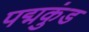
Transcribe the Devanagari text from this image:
पद्मकुंड